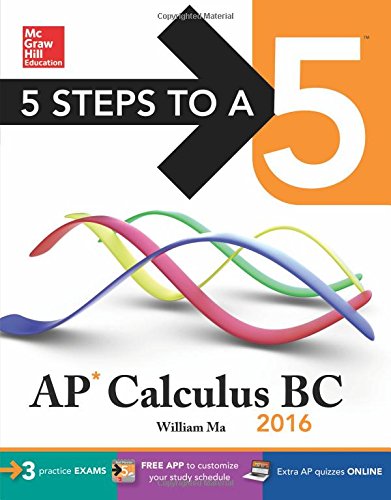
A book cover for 5 Steps to a 5 AP Calculus BC 2016 (5 Steps to a 5 on the Advanced Placement Examinations Series); William Ma; Test Preparation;